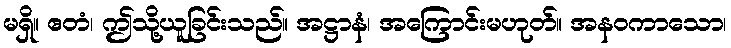
မရှိ။ ဧတံ၊ ဤသို့ယူခြင်းသည်။ အဋ္ဌာနံ၊ အကြောင်းမဟုတ်။ အနဝကာသော၊